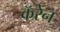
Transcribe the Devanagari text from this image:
कॅरेन